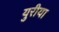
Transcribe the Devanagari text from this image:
युरीया